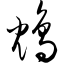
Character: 鸩